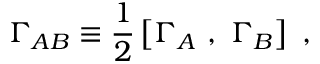
\Gamma _ { A B } \equiv { \frac { 1 } { 2 } } \left[ \Gamma _ { A } ~ , ~ \Gamma _ { B } \right] ~ ,